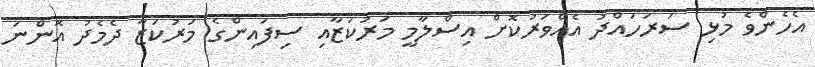
އެހެންވެ މުޅި ސަރަހައްދު އެއްވަރުކޮށް އިސްލާމީ މަރުކަޒާއި ސިފައިންގެ މަރުކަޒާ ދެމެދު އޮންނަ